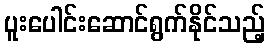
ပူးပေါင်းဆောင်ရွက်နိုင်သည့်